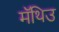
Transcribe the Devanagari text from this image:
मॅथिउ